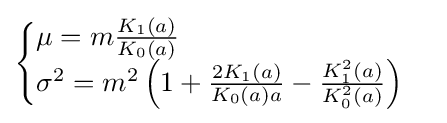
{\begin{cases}\mu =m{\frac {K_{1}(a)}{K_{0}(a)}}\\\sigma ^{2}=m^{2}\left(1+{\frac {2K_{1}(a)}{K_{0}(a)a}}-{\frac {K_{1}^{2}(a)}{K_{0}^{2}(a)}}\right)\end{cases}}